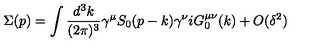
\Sigma ( p ) = \int { \frac { d ^ { 3 } k } { ( 2 \pi ) ^ { 3 } } } \gamma ^ { \mu } S _ { 0 } ( p - k ) \gamma ^ { \nu } i G _ { 0 } ^ { \mu \nu } ( k ) + O ( \delta ^ { 2 } )